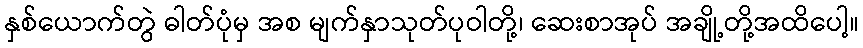
နှစ်ယောက်တွဲ ဓါတ်ပုံမှ အစ မျက်နှာသုတ်ပုဝါတို့၊ ဆေးစာအုပ် အချို့တို့အထိပေါ့။